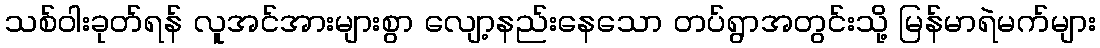
သစ်ဝါးခုတ်ရန် လူအင်အားများစွာ လျော့နည်းနေသော တပ်ရွာအတွင်းသို့ မြန်မာရဲမက်များ